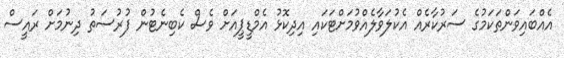
އެއްބައިވަންތަކަމުގެ ސަރުކާރެއް އެކުލަވާލެއްވުމަށްޓަކައި އިދިކޮޅު އެމްޑީޕީއަށް ވެސް ކެބިނެޓުން ފުރުސަތު ދިނުމަށް ރައީސް